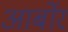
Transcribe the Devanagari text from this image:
आर्बोर